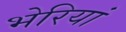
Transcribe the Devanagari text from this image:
भेरियां